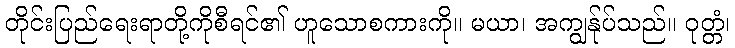
တိုင်းပြည်ရေးရာတို့ကိုစီရင်၏ ဟူသောစကားကို။ မယာ၊ အကျွန်ုပ်သည်။ ဝုတ္တံ၊